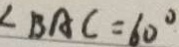
\angle B A C = 6 0 ^ { \circ }